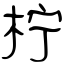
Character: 柠